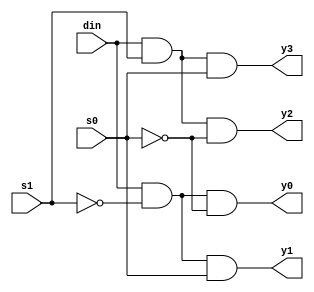
// Code your design here


module demux_4x1(
    input din,
    input s1, s0,
    output y0, y1, y2, y3
);

  assign y0 = (din & ~s1 & ~s0);  // y0 is selected when s1s0 = 00 // based on atruth table
assign y1 = (din & ~s1 & s0);   // y1 is selected when s1s0 = 01
assign y2 = (din & s1 & ~s0);   // y2 is selected when s1s0 = 10
assign y3 = (din & s1 & s0);    // y3 is selected when s1s0 = 11

endmodule


module tb_demux_4x1;

reg din;
reg s1, s0;
wire y0, y1, y2, y3;

demux_4x1 demux(.din(din), .s1(s1), .s0(s0), .y0(y0), .y1(y1), .y2(y2), .y3(y3));

initial begin
    
  $monitor("time = %0t: din = %b, s1 = %b, s0 = %b | y0 = %b, y1 = %b, y2 = %b, y3 = %b", 
             $time, din, s1, s0, y0, y1, y2, y3);

    din = 1;
    s0 = 0; s1 = 0; #10;  // y0 should be 1
    s0 = 1; s1 = 0; #10;  // y1 should be 1
    s0 = 0; s1 = 1; #10;  // y2 should be 1
    s0 = 1; s1 = 1; #10;  // y3 should be 1
    $finish;
end

endmodule